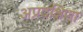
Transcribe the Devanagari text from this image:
अप्रदक्षिणा